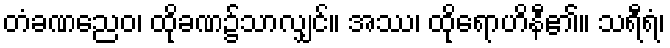
တံခဏညေဝ၊ ထိုခဏ၌သာလျှင်။ အဿ၊ ထိုရောဟိနီ၏။ သရီရံ၊